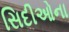
સિદીઓના